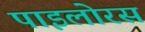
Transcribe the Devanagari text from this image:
पाइलोरस